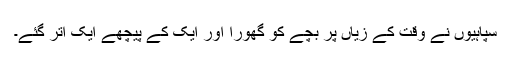
سپاہیوں نے وقت کے زیاں پر بچے کو گھورا اور ایک کے پیچھے ایک اتر گئے۔